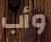
وأب